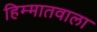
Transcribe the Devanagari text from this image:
हिम्मातवाला